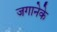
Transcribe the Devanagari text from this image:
जगानेके